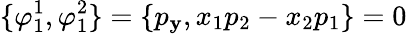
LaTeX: \{ \varphi_{1}^{1},\varphi_{1}^{2}\} =\{ p_{\mathbf{y}},x_{1}p_{2}-x_{2}p_{1}\} =0